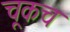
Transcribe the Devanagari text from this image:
चूकच